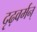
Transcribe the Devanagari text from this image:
दृढ़वर्मन्